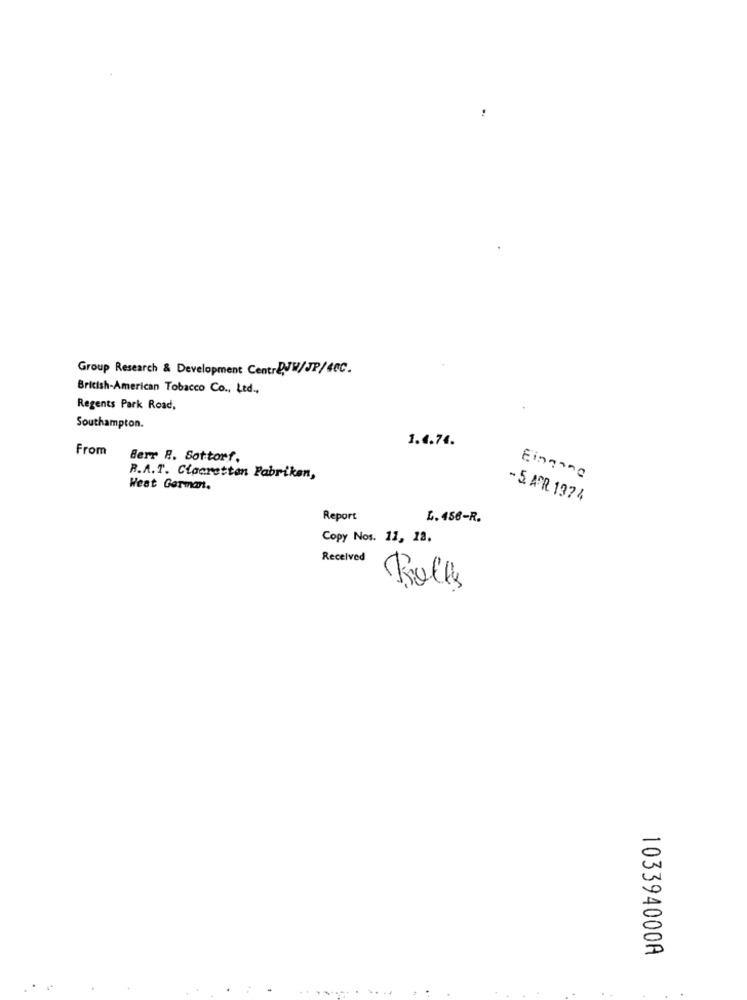
Group Research & Development Centre,JW/JP/4CC.
British American Tobacco Co ., Ltd .,
Regents Park Road,
Southampton.
1.4.74.
From
Berr R. Sottorf.
R.A.T. Clacretten Fabriken,
Eingang
West German.
- 5. APR 1974
Report
L. 456-R.
Copy Nos. 11, 12.
Received
Folks
103394000A
......